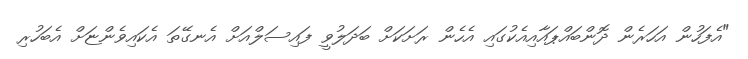
"އެފަހުން އަހަރެން ދޮންބައްޕައާއިއެކުގައި އެހެން ރަށަކަށް ބަދަލުވީ ފައިސަލްއަށް އެނގޭތަ އެކައިވެންޏަށް އެބަހުރި